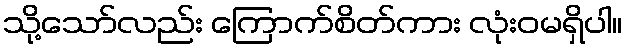
သို့သော်လည်း ကြောက်စိတ်ကား လုံးဝမရှိပါ။